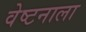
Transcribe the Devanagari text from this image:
वेष्टनाला